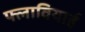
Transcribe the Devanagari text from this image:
फ्लावियाई